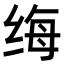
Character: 𫄩